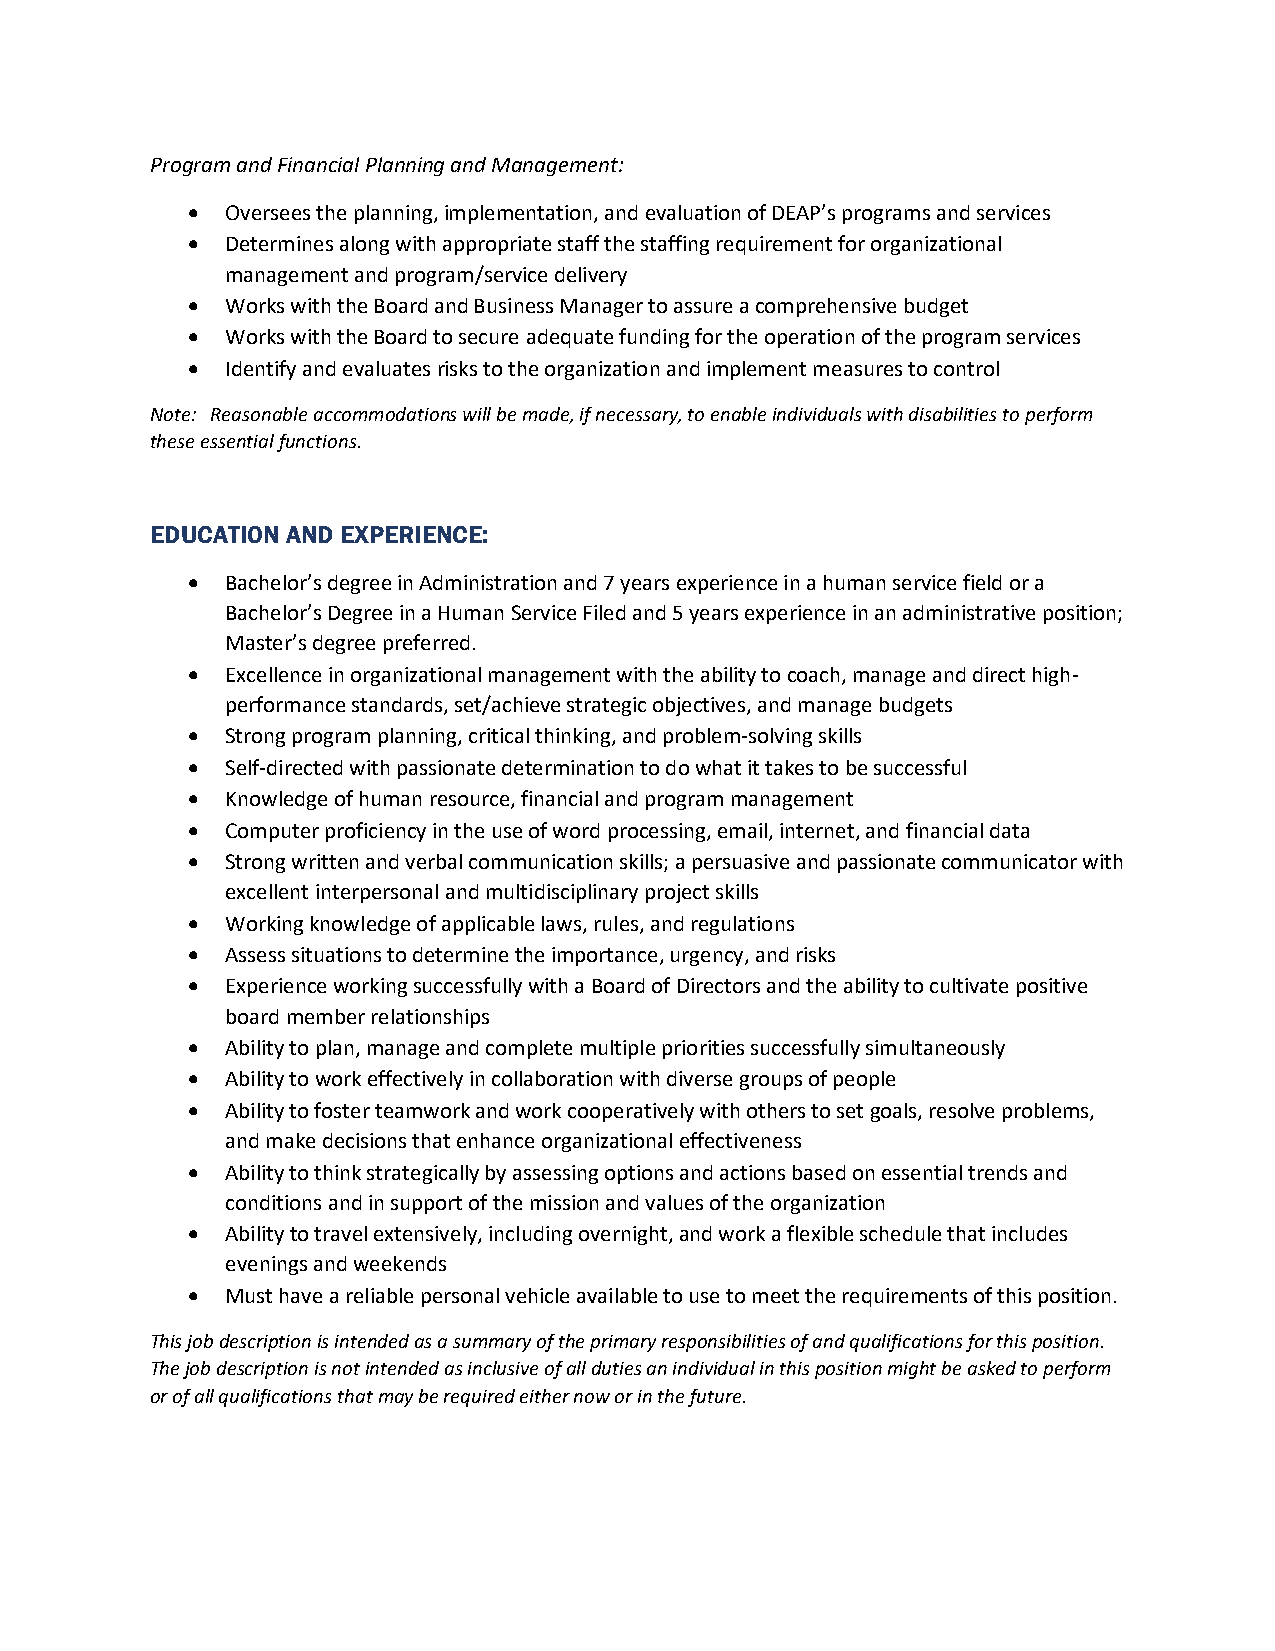
Program and Financial Planning and Management:
 •  Oversees the planning, implementation, and evaluation of DEAP’s programs and services
 •  Determines along with appropriate staff the staffing requirement for organizational
 management and program/service delivery
 •  Works with the Board and Business Manager to assure a comprehensive budget
 •  Works with the Board to secure adequate funding for the operation of the program services
 •  Identify and evaluates risks to the organization and implement measures to control
 Note: Reasonable accommodations will be made, if necessary, to enable individuals with disabilities to perform
 these essential functions.
 EDUCATION AND EXPERIENCE:
 •  Bachelor’s degree in Administration and 7 years experience in a human service field or a
 Bachelor’s Degree in a Human Service Filed and 5 years experience in an administrative position;
 Master’s degree preferred.
 •  Excellence in organizational management with the ability to coach, manage and direct high-
 performance standards, set/achieve strategic objectives, and manage budgets
 •  Strong program planning, critical thinking, and problem-solving skills
 •  Self-directed with passionate determination to do what it takes to be successful
 •  Knowledge of human resource, financial and program management
 •  Computer proficiency in the use of word processing, email, internet, and financial data
 •  Strong written and verbal communication skills; a persuasive and passionate communicator with
 excellent interpersonal and multidisciplinary project skills
 •  Working knowledge of applicable laws, rules, and regulations
 •  Assess situations to determine the importance, urgency, and risks
 •  Experience working successfully with a Board of Directors and the ability to cultivate positive
 board member relationships
 •  Ability to plan, manage and complete multiple priorities successfully simultaneously
 •  Ability to work effectively in collaboration with diverse groups of people
 •  Ability to foster teamwork and work cooperatively with others to set goals, resolve problems,
 and make decisions that enhance organizational effectiveness
 •  Ability to think strategically by assessing options and actions based on essential trends and
 conditions and in support of the mission and values of the organization
 •  Ability to travel extensively, including overnight, and work a flexible schedule that includes
 evenings and weekends
 •  Must have a reliable personal vehicle available to use to meet the requirements of this position.
 This job description is intended as a summary of the primary responsibilities of and qualifications for this position.
 The job description is not intended as inclusive of all duties an individual in this position might be asked to perform
 or of all qualifications that may be required either now or in the future.